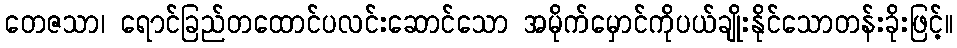
တေဇသာ၊ ရောင်ခြည်တထောင်ပလင်းဆောင်သော အမိုက်မှောင်ကိုပယ်ချိုးနိုင်သောတန်းခိုးဖြင့်။